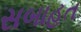
સબાહત